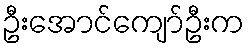
ဦးအောင်ကျော်ဦးက